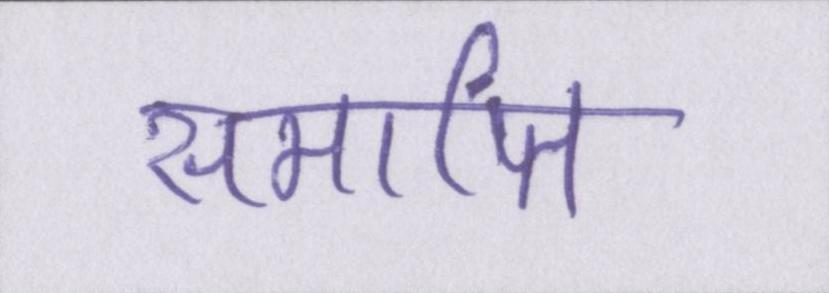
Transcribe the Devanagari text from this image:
समाप्ति